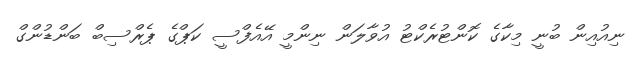
ނިއުއިން ބުނީ މިކާގެ ކޮންޓުރެކްޓު އުވާލަން ނިންމީ އޭއެފްސީ ކަޕްގެ ޕެރްސިބް ބަންޑުންގް